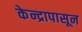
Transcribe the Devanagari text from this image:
केन्द्रापासून